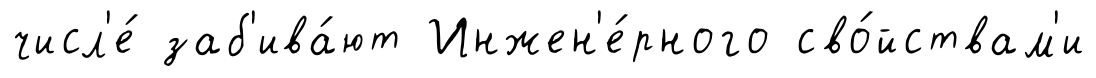
числ'е́ заб'ива́ют Инжен'е́рного сво́йствам'и